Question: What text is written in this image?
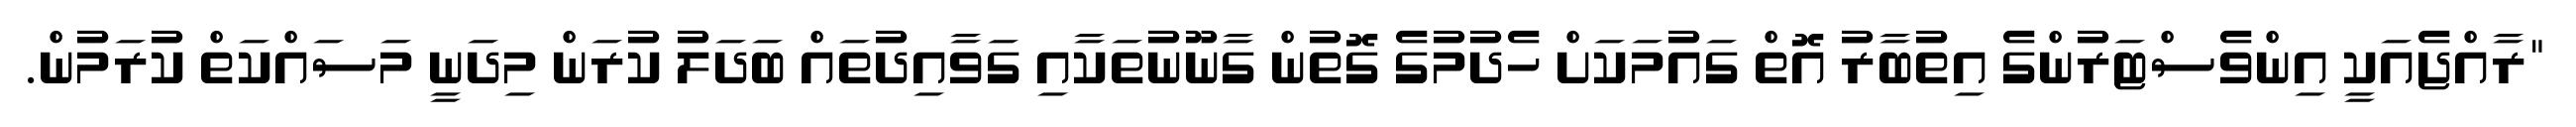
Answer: "ރާއްޖެއަކީ އިންވެސްޓަރުންގެ އިތުބާރު އޮތް ގައުމަކަށް ހެދުމުގެ ގޮތުން ގާނޫނުތަކާއި ގަވާއިދުތައް ބަދަލު ކުރަން މިދަނީ މަސައްކަތް ކުރަމުން.